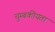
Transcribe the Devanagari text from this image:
चुम्बकीयता